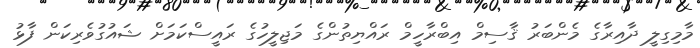
މާމިގިލީ ދާއިރާގެ މެންބަރު ޤާސިމް އިބްރާހީމް ރައްޔިތުންގެ މަޖިލީހުގެ ރައީސްކަމަށް ޝައުގުވެރިކަން ފާޅު